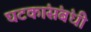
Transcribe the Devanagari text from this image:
घटकांसंबंधी